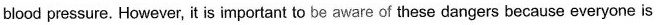
blood pressure. However, it is important to be aware of these dangers because everyone is